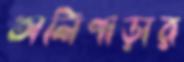
অলিপাড়ার